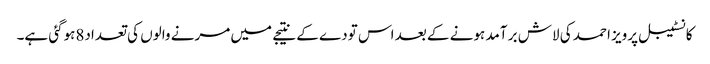
کانسٹیبل پرویز احمد کی لاش بر آمد ہونے کے بعد اس تودے کے نتیجے میں مرنے والوں کی تعداد8ہوگئی ہے۔